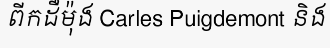
ពីកដឺម៉ុង Carles Puigdemont និង